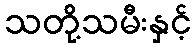
သတို့သမီးနှင့်